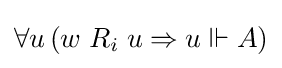
\forall u\,(w\;R_{i}\;u\Rightarrow u\Vdash A)